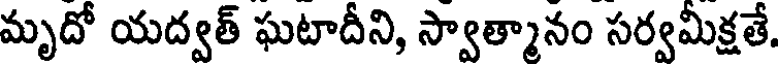
మృదో యద్వత్ ఘటాదీని, స్వాత్మానం సర్వమీక్షతే.